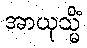
အာယုသ္မိံ